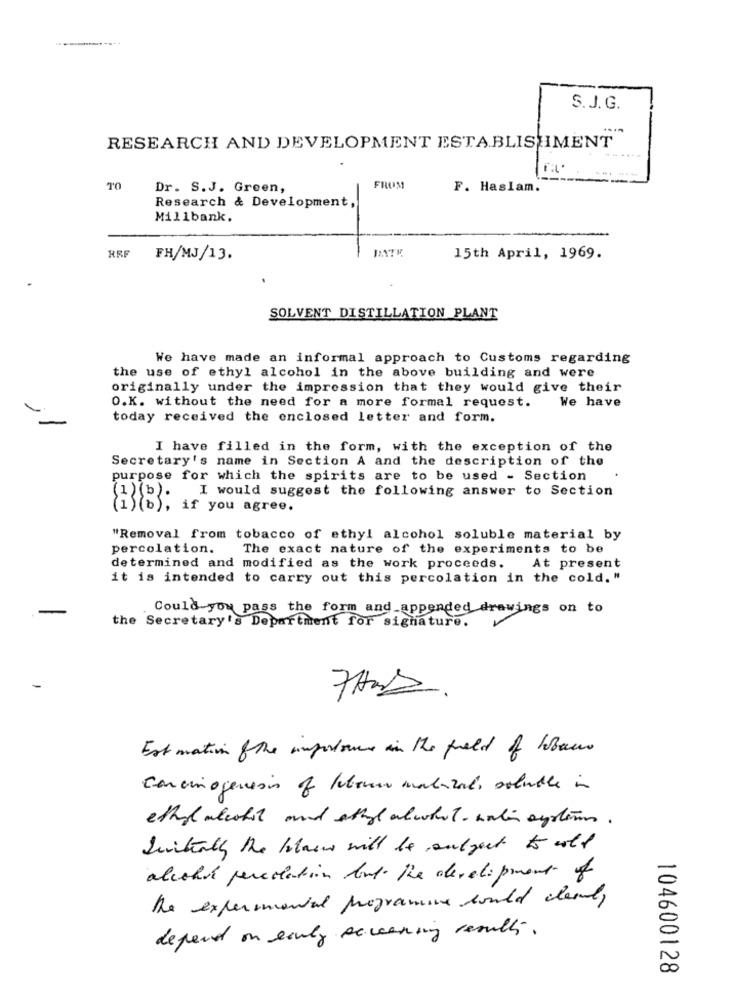
S.J. G.
RESEARCH AND DEVELOPMENT ESTABLISHMENT
O.L.
Dr. S.J. Green,
FROM
F. Haslam.
Research & Development,
Millbank.
DATE
RRF
FH/MJ/13.
15th April, 1969.
SOLVENT DISTILLATION PLANT
We have made an informal approach to Customs regarding
the use of ethyl alcohol in the above building and were
originally under the impression that they would give their
O.K. without the need for a more formal request.
We have
today received the enclosed letter and form.
I have filled in the form, with the exception of the
Secretary's name in Section A and the description of the
purpose for which the spirits are to be used - Section
(1)(b).
I would suggest the following answer to Section
(1)(b), if you agree.
"Removal from tobacco of ethyl alcohol soluble material by
percolation.
The exact nature of the experiments to be
At present
determined and modified as the work proceeds.
it is intended to carry out this percolation in the cold. "
Could you pass the form and appended drawings on to
the Secretary's Department for signature.
7Hors
Est mation of the importance in the field of Wobec
carcinogenesis of lebenno malazal, soluble in
ethyl alcohol and ethyl alwhat - walin systems .
Suiteally the bloom will be subject to wolf
alcohol percolation but The development of
the experimental programme would deal,
depend on early screening results.
104600128